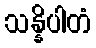
သန္နိပါတံ